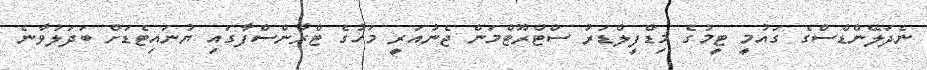
ނެދަލޭންޑްސްގެ ގައުމީ ޓީމުގެ މިޑްފީލްޑަރު ސްޓްރޫޓްމަން ޖެނުއަރީ މަހުގެ ޓްރާންސްފާގައި ޔުނައިޓެޑަށް ބަދަލުވާނެ